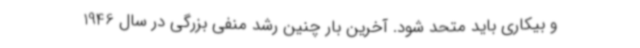
و بیکاری باید متحد شود. آخرین بار چنین رشد منفی بزرگی در سال 1946